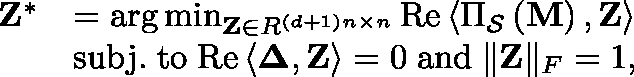
\begin{array} { r l } { \mathbf { Z } ^ { * } } & { = \arg \operatorname* { m i n } _ { \mathbf { Z } \in \mathbb { R } ^ { \left( d + 1 \right) n \times n } } \mathrm { R e } \left\langle \Pi _ { \mathcal { S } } \left( \mathbf { M } \right) , \mathbf { Z } \right\rangle } \\ & { { \mathrm { s u b j . \; t o } } \; \mathrm { { R e } } \left\langle \mathbf { \Delta } , \mathbf { Z } \right\rangle = 0 \; { \mathrm { a n d } } \; \| \mathbf { Z } \| _ { F } = 1 , } \end{array}